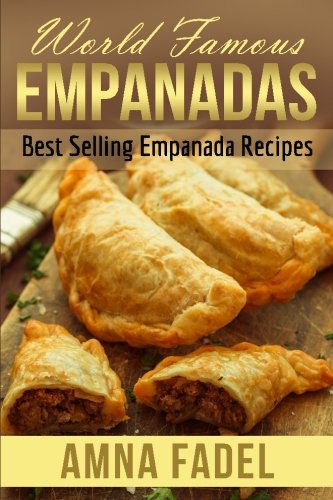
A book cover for World Famous Empanadas: Best Selling Empanada Recipes; Amna Fadel; Cookbooks, Food & Wine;